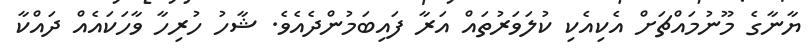
ޔާނާގެ މޫނުމައްޗަށް އެކިއެކި ކުލަވަރުތައް އަރާ ފައިބަމުންދެއެވެ. ޝާހު ހުރިހާ ވާހަކައެއް ދައްކާ